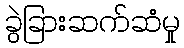
ခွဲခြားဆက်ဆံမှု